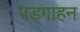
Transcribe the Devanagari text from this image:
पड्गाहन